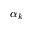
\alpha _ { k }